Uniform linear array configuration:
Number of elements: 32
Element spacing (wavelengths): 0.75
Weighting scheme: blackman
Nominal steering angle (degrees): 45
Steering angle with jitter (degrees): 46.84
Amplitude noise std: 0.05
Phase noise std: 0.05

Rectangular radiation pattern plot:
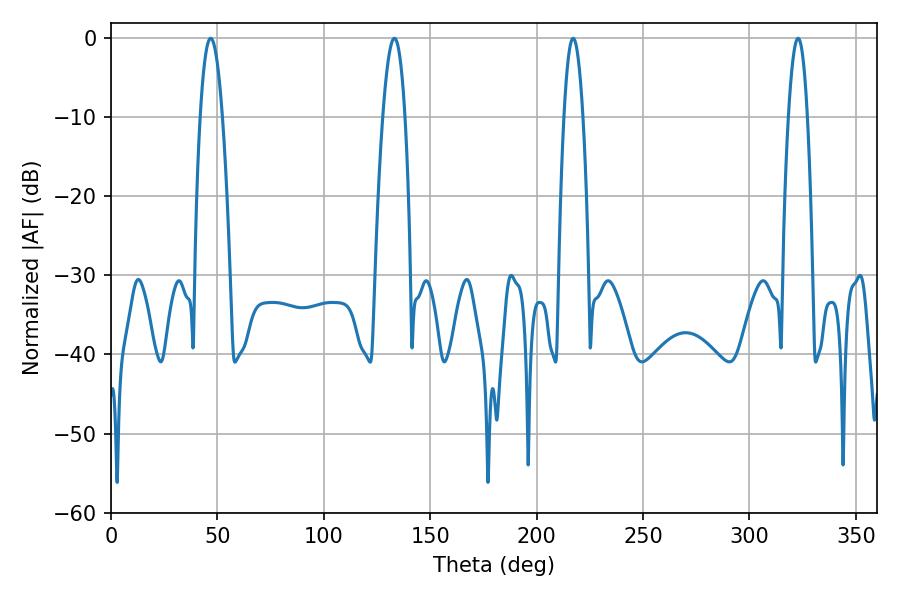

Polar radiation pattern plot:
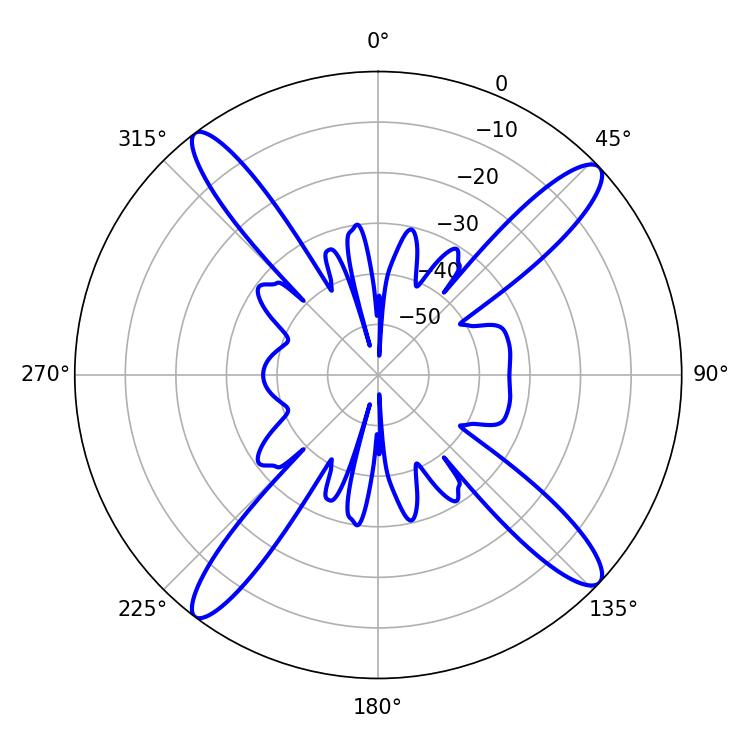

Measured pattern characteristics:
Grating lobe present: TRUE
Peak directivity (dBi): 16.362
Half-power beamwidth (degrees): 5.76
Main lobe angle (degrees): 46.8